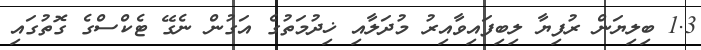
1.3 ބިލިޔަން ރުފިޔާ ލިބިފައިވާއިރު މުދަލާއި ޚިދުމަތުގެ އަގުން ނެގޭ ޓެކްސްގެ ގޮތުގައި